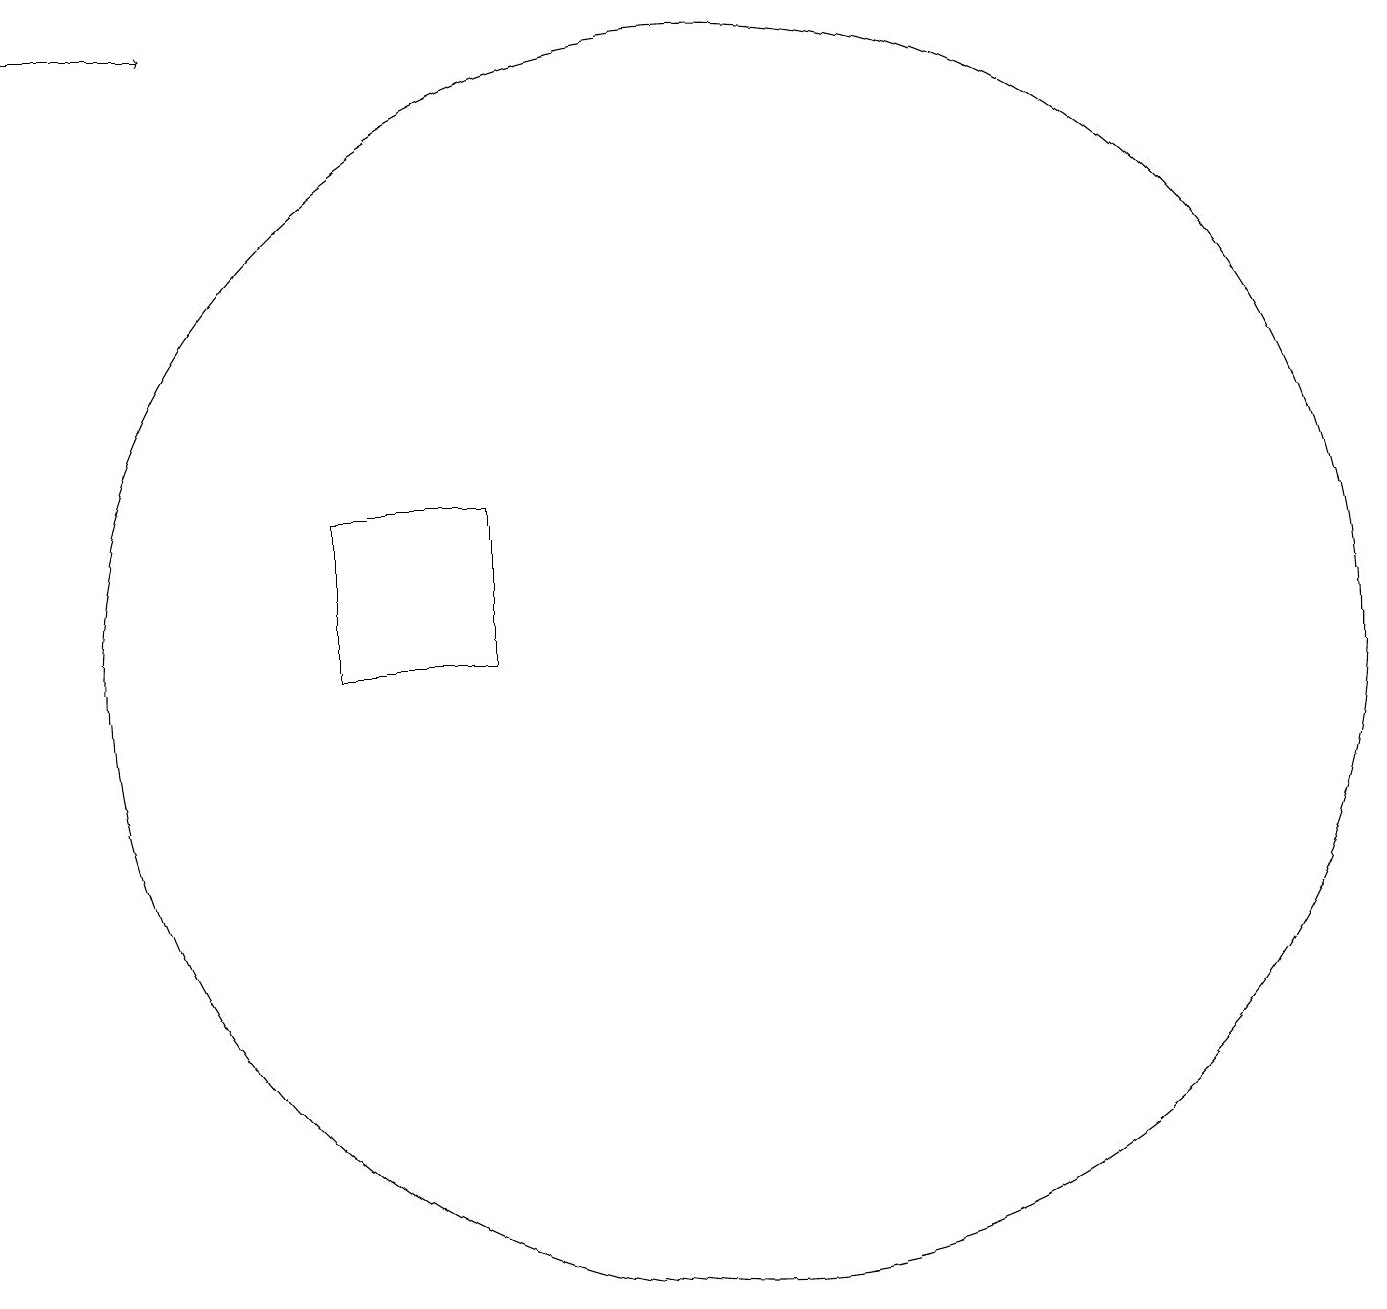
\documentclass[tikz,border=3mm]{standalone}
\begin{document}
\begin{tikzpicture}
\draw[->] (3,19) -- (5,19);
\draw (12,11) circle (8);
\draw (9,11) rectangle (7,13);
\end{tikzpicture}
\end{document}